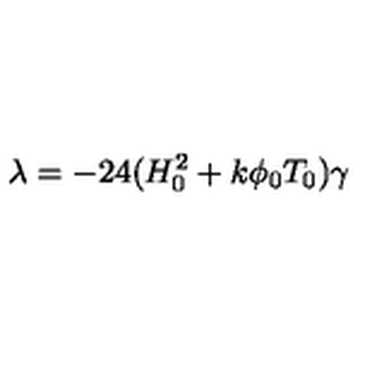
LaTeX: { \lambda } = - 2 4 ( H _ { 0 } ^ { 2 } + k { \phi } _ { 0 } T _ { 0 } ) { \gamma }